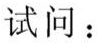
试问：